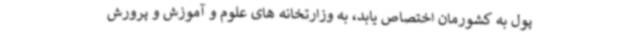
پول به کشورمان اختصاص یابد، به وزارتخانه های علوم و آموزش و پرورش